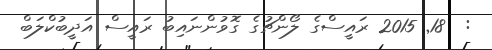
:  18